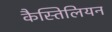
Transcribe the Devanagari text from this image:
कैस्तिलियन